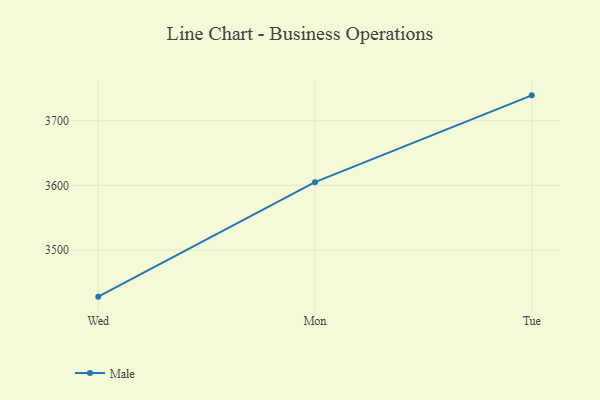
{"axis": {"x": "Day", "y": "Net Income (USD K)"}, "legend": ["Male"], "data": [{"x": "Wed", "y": 3427.7, "type": "Male"}, {"x": "Mon", "y": 3604.9, "type": "Male"}, {"x": "Tue", "y": 3739.2, "type": "Male"}]}